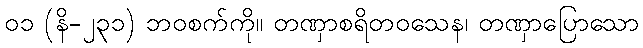
၀၁ (နိ-၂၃၁) ဘဝစက်ကို။ တဏှာစရိတဝသေန၊ တဏှာပြောသော